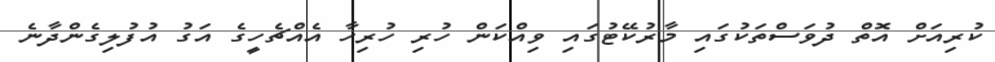
ކުރިއަށް އޮތް ދުވަސްތަކުގައި މާރުކޭޓުގައި ވިއްކަން ހުރި ހުރިހާ އެއްޗެހީގެ އަގު އުފުލިގެންދާނެ